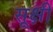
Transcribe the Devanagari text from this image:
सूक्षी